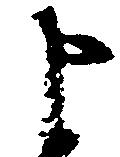
申